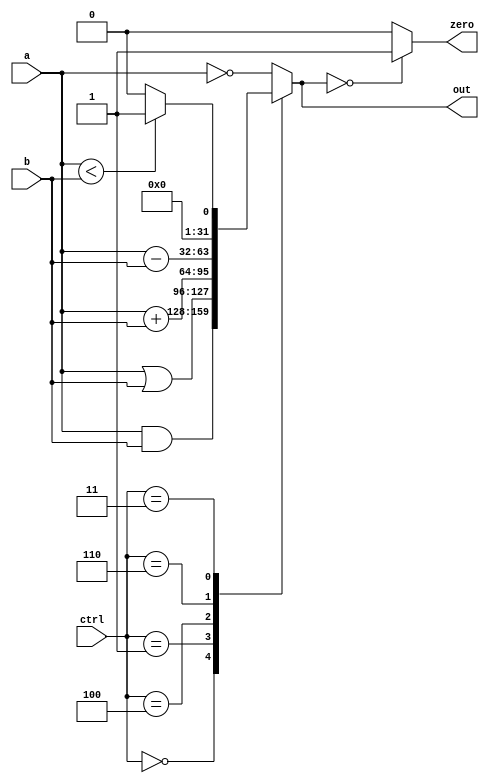
module ALU (a,b,ctrl,out,zero);
	input[width-1:0] a,b;
	input[3-1:0] ctrl;
	output reg[width-1:0] out;
	output reg zero;
	parameter width=32;

	always @(a or b or ctrl) begin
		case(ctrl)
			3'b000: out=a&b;
			3'b001: out=a|b;
			//3'b010: out=a+b;
			3'b100: out=a+b;
            3'b110: out=a-b;
			3'b011: begin
				if (a<b)
					out=1;
				else
					out=0;
			end
			default: out=~a;
		endcase
		if (out==0)
			zero=1;
		else
			zero=0;
	end
endmodule